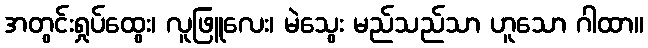
အတွင်းရှုပ်ထွေး၊ လူဖြူလေး၊ မဲသွေး မည်သည်သာ ဟူသော ဂါထာ။